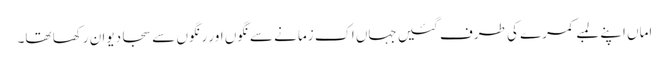
اماں اپنے لمبے کمرے کی طرف گئیں جہاں اک زمانے سے نگوں اور رنگوں سے سجا دیوان رکھا تھا۔